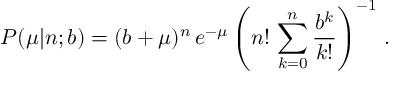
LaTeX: P ( \mu | n ; b ) = ( b + \mu ) ^ { n } \, e ^ { - \mu } \left( \displaystyle n ! \, \sum _ { k = 0 } ^ { n } \frac { b ^ { k } } { k ! } \right) ^ { - 1 } \, .